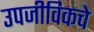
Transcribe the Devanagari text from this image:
उपजीविकचे